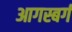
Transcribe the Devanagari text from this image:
आगस्बर्ग